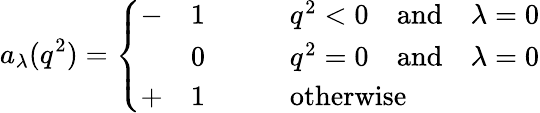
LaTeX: a_{\lambda}(q^{2})=\left\{ \begin{array}{lll}{{-}}&{{1}}&{{\qquad q^{2}<0\quad\mathrm{and}\quad\lambda=0}}\\ {{}}&{{0}}&{{\qquad q^{2}=0\quad\mathrm{and}\quad\lambda=0}}\\ {{+}}&{{1}}&{{\qquad\mathrm{otherwise}}}\end{array}\right.